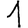
Digit: 1